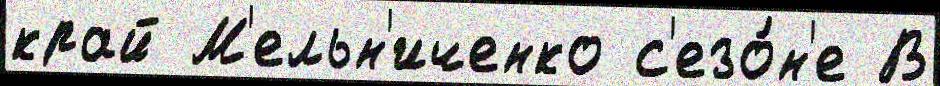
край М'ельн'иченко с'езо́н'е В